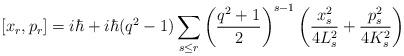
LaTeX: \begin{align*}[x_r,p_r] = i \hbar + i \hbar (q^2 -1)\sum_{s\le r}\left( \frac{q^2+1}{2}\right)^{s-1}\left(\frac{x_s^2}{4 L_s^2}+\frac{p_s^2}{4 K_s^2} \right)\end{align*}